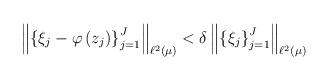
LaTeX: \begin{align*}\left\Vert \left\{ \xi_{j}-\varphi\left( z_{j}\right) \right\} _{j=1}^{J}\right\Vert _{\ell^{2}\left( \mu\right) }<\delta\left\Vert \left\{\xi_{j}\right\} _{j=1}^{J}\right\Vert _{\ell^{2}\left( \mu\right) }\end{align*}